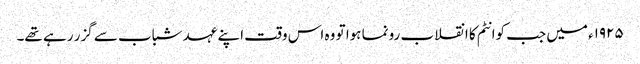
١٩٢٥ء میں جب کوانٹم کا انقلاب رونما ہوا تو وہ اس وقت اپنے عہد شباب سے گزر رہے تھے۔